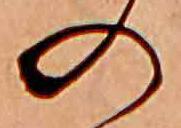
の